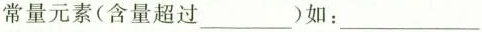
常量元素(含量超过___)如：___